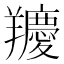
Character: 羻